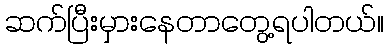
ဆက်ပြီးမှားနေတာတွေ့ရပါတယ်။